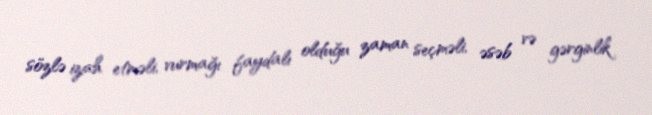
sözlə izah etməli, vurmağı faydalı olduğu zaman seçməli, əsəb və gərginlik